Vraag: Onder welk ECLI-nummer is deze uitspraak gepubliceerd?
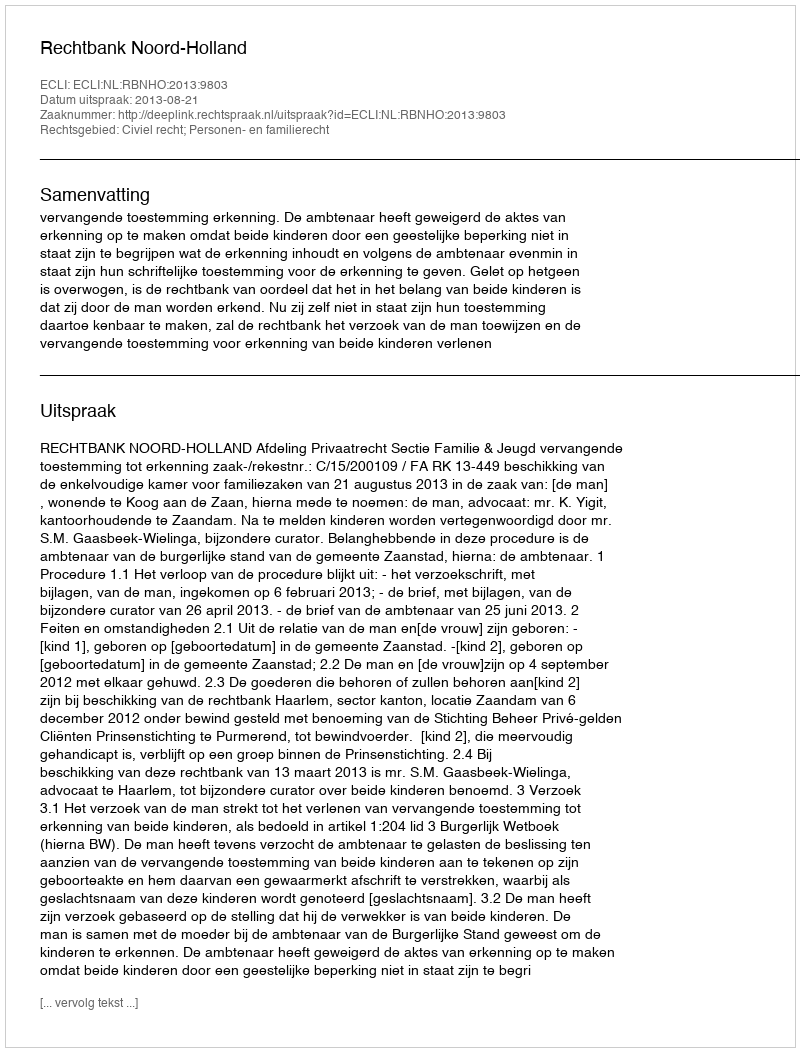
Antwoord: ECLI:NL:RBNHO:2013:9803